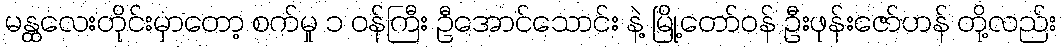
မန္ထလေးတိုင်းမှာတော့ စက်မှု ၁ ဝန်ကြီး ဦအောင်သောင်း နဲ့ မြို့တော်ဝန် ဦးဖုန်းဇော်ဟန် တို့လည်း